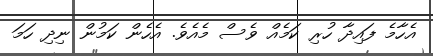
އެހާމެ ފައިދާ ހުރި ކަމެއް ވެސް މެއެވެ. އެހެން ކަމުން ނިދި ހަމަ